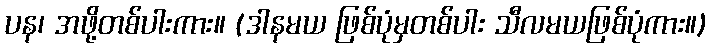
ပန၊ အဖို့တစ်ပါးကား။ (ဒါနမယ ဖြစ်ပုံမှတစ်ပါး သီလမယဖြစ်ပုံကား။)